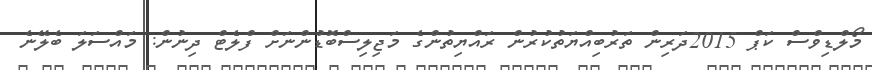
މޯލްޑިވްސް ކަޕް 2015ދަރިން ތަރުބިއްޔަތުކުރުން ރައްޔިތުންގެ މަޖިލިސްބޮޑުންނަށް ފްލެޓް ދިނުން: މައްސަލަ ބެލޭނެ